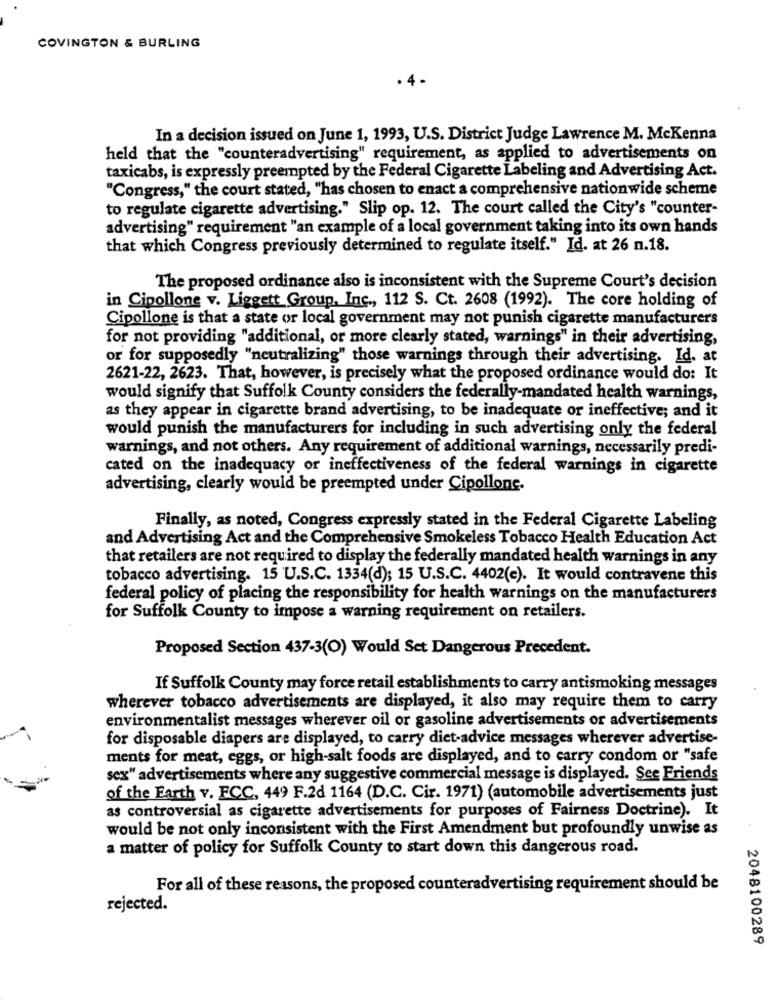
COVINGTON & BURLING
In a decision issued on June 1, 1993, U.S. District Judge Lawrence M. McKenna
held that the "counteradvertising" requirement, as applied to advertisements on
taxicabs, is expressly preempted by the Federal Cigarette Labeling and Advertising Act.
"Congress," the court stated, "has chosen to enact a comprehensive nationwide scheme
to regulate cigarette advertising." Slip op. 12. The court called the City's "counter-
advertising" requirement "an example of a local government taking into its own hands
that which Congress previously determined to regulate itself." Id. at 26 n.18.
The proposed ordinance also is inconsistent with the Supreme Court's decision
in Cipollone v. Liggett Group, Inc ., 112 S. Ct. 2608 (1992). The core holding of
Cipollone is that a state or local government may not punish cigarette manufacturers
for not providing "additional, or more clearly stated, warnings" in their advertising,
or for supposedly "neutralizing" those warnings through their advertising. Id. at
2621-22, 2623. That, however, is precisely what the proposed ordinance would do: It
would signify that Suffolk County considers the federally-mandated health warnings,
as they appear in cigarette brand advertising, to be inadequate or ineffective; and it
would punish the manufacturers for including in such advertising only the federal
warnings, and not others. Any requirement of additional warnings, necessarily predi-
cated on the inadequacy or ineffectiveness of the federal warnings in cigarette
advertising, clearly would be preempted under Cipollone.
Finally, as noted, Congress expressly stated in the Federal Cigarette Labeling
and Advertising Act and the Comprehensive Smokeless Tobacco Health Education Act
that retailers are not required to display the federally mandated health warnings in any
tobacco advertising. 15 U.S.C. 1334(d); 15 U.S.C. 4402(e). It would contravene this
federal policy of placing the responsibility for health warnings on the manufacturers
for Suffolk County to impose a warning requirement on retailers.
Proposed Section 437-3(O) Would Set Dangerous Precedent.
If Suffolk County may force retail establishments to carry antismoking messages
wherever tobacco advertisements are displayed, it also may require them to carry
environmentalist messages wherever oil or gasoline advertisements or advertisements
for disposable diapers are displayed, to carry diet-advice messages wherever advertise-
ments for meat, eggs, or high-salt foods are displayed, and to carry condom or "safe
sex" advertisements where any suggestive commercial message is displayed. See Friends
of the Earth v. FCC, 449 F.2d 1164 (D.C. Cir. 1971) (automobile advertisements just
as controversial as cigarette advertisements for purposes of Fairness Doctrine). It
would be not only inconsistent with the First Amendment but profoundly unwise as
a matter of policy for Suffolk County to start down this dangerous road.
For all of these reasons, the proposed counteradvertising requirement should be
rejected.
2048100289